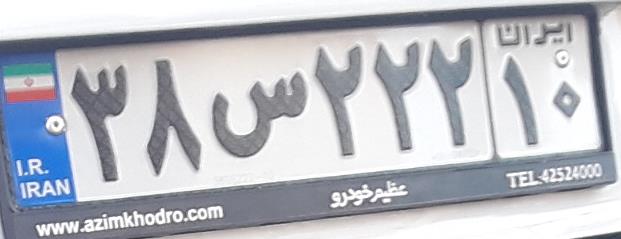
۳۸س۲۲۲۱۰